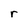
Character: r